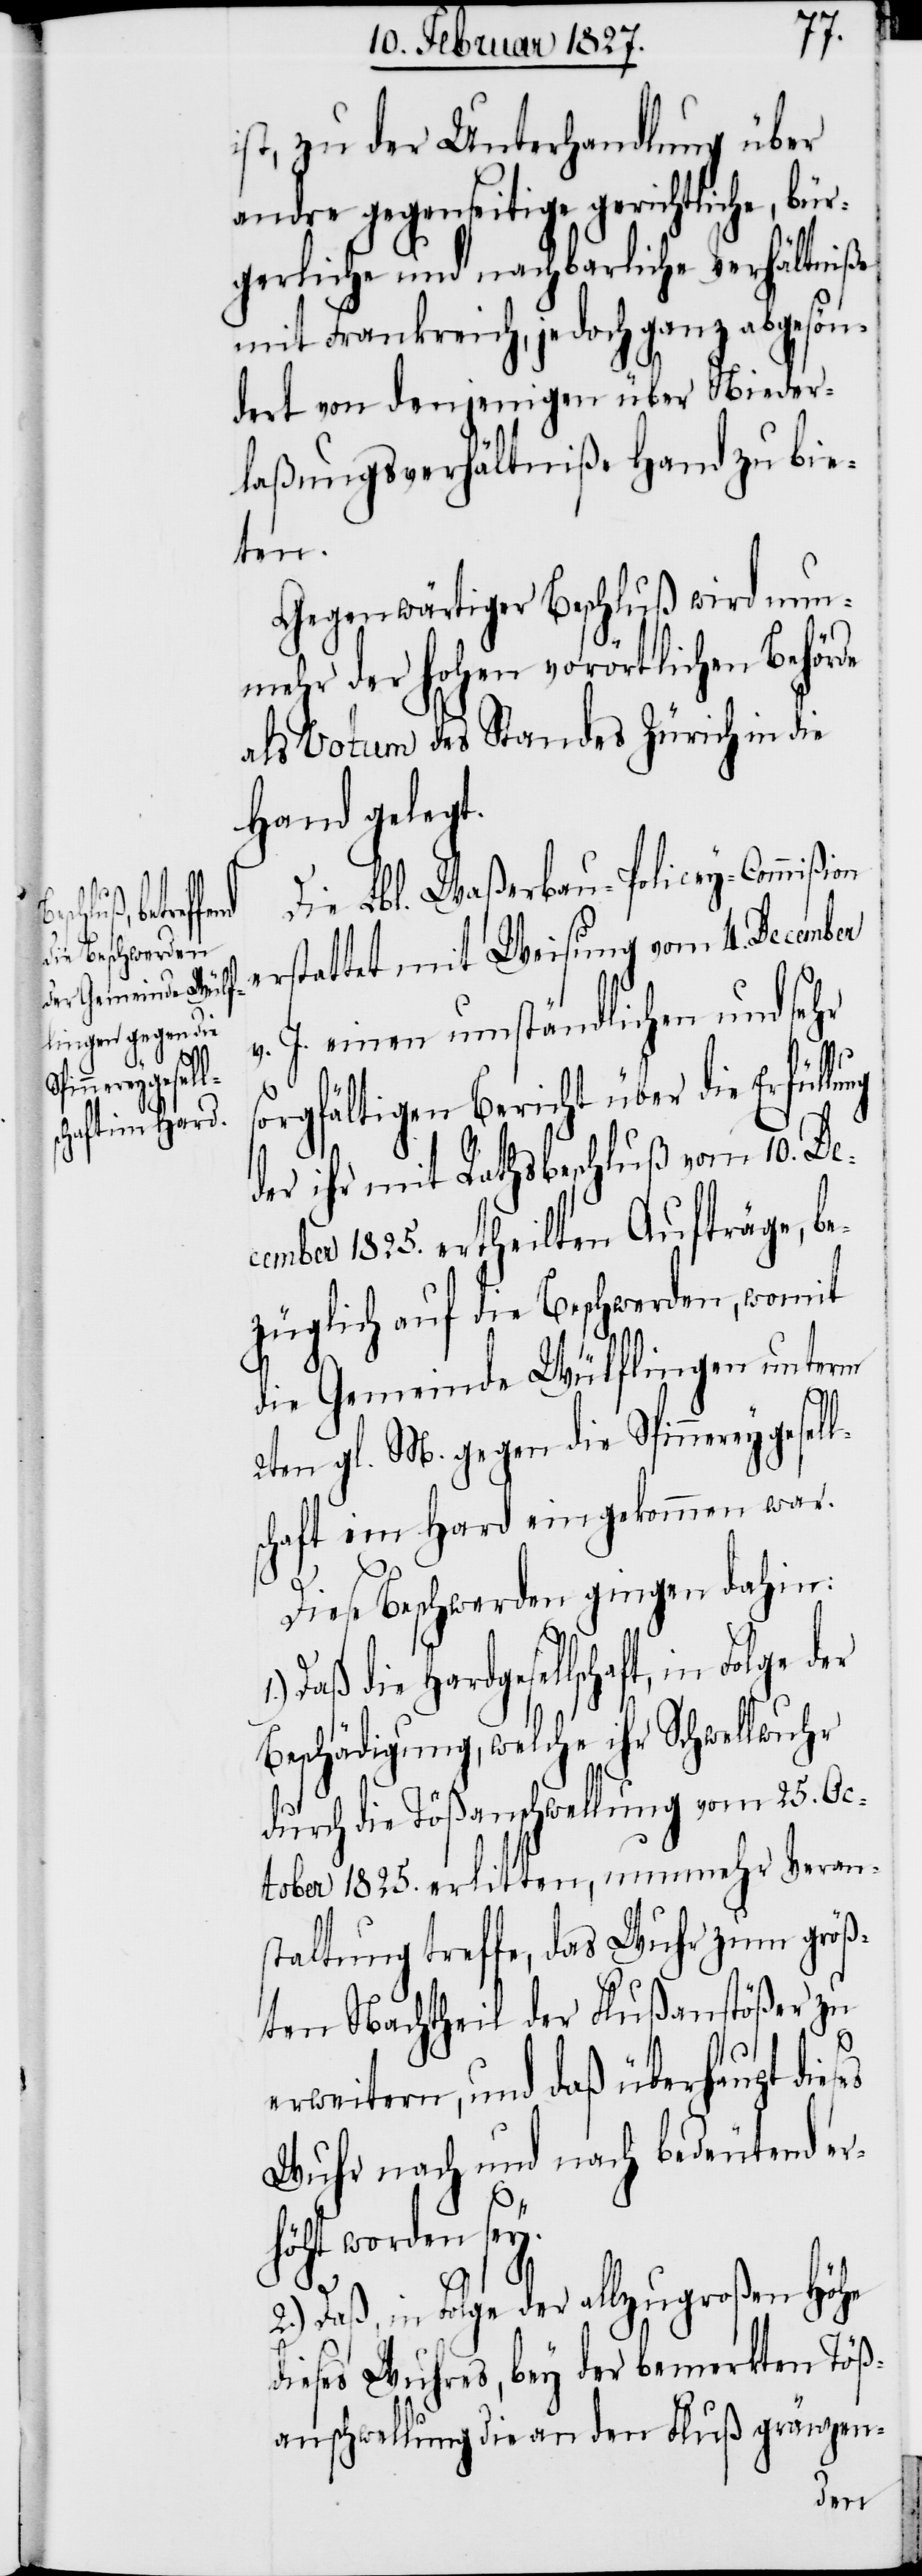
Folge der

ist, zu der Unterhandlung über
andre gegenseitige gerichtliche, bür¬
gerliche und nachbarliche Verhältniße
mit Frankreich, jedoch ganz abgesön¬
dert von denjenigen über Nieder¬
laßungsverhältniße Hand zu bie¬
ten.
Gegenwärtiger Beschluß wird nun¬
mehr der hohen vorörtlichen Behörde
als Votum des Standes Zürich in die
Hand gelegt.
Die Lbl. Waßerbau-Policey-Commißion
erstattet mit Weisung vom 4. December
J. einen umständlichen und sehr
es
sorgfältigen Bericht über die Erfüllung
der ihr mit Rathsbeschluß vom 10. De¬
cember 1825. ertheilten Aufträge, be¬
züglich auf die Beschwerden, womit
die Gemeinde Wülflingen unterm
2ten gl. M. gegen die Spinnereygesell¬
schaft im Hard eingekommen war.
Diese Beschwerden gingen dahin:
Daß die Hardgesellschaft, in
Beschädigung, welche ihr Schwellwuhr
durch die Tößanschwellung vom 25. Oc¬
tober 1825. erlitten, nunmehr Veran¬
staltung treffe, das Wuhr zum größ¬
ten Nachtheil der Flußanstößer zu
erweitern, und daß überhaupt dies¬
Wuhr nach und nach bedeutend er¬
höht worden sey.
2.) Daß, in Folge der allzugroßen Höhe
dieses Wuhres, bey der bemerkten Töß¬
anschwellung an den Fluß gränzen-